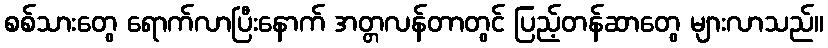
စစ်သားတွေ ရောက်လာပြီးနောက် အတ္တလန်တာတွင် ပြည့်တန်ဆာတွေ များလာသည်။